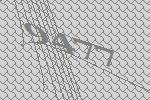
9477